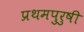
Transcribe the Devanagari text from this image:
प्रथमपुरुषी